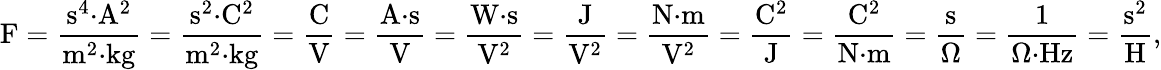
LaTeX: {\mathrm{F}}={\frac{{\mathrm{s}}^{4}{\cdot}{\mathrm{A}}^{2}}{{\mathrm{m}}^{2}{\cdot}{\mathrm{kg}}}}={\frac{{\mathrm{s}}^{2}{\cdot}{\mathrm{C}}^{2}}{{\mathrm{m}}^{2}{\cdot}{\mathrm{kg}}}}={\frac{\mathrm{C}}{\mathrm{V}}}={\frac{{\mathrm{A}}{\cdot}{\mathrm{s}}}{\mathrm{V}}}={\frac{{\mathrm{W}}{\cdot}{\mathrm{s}}}{{\mathrm{V}}^{2}}}={\frac{\mathrm{J}}{{\mathrm{V}}^{2}}}={\frac{{\mathrm{N}}{\cdot}{\mathrm{m}}}{{\mathrm{V}}^{2}}}={\frac{{\mathrm{C}}^{2}}{\mathrm{J}}}={\frac{{\mathrm{C}}^{2}}{{\mathrm{N}}{\cdot}{\mathrm{m}}}}={\frac{\mathrm{s}}{\Omega}}={\frac{1}{\Omega{\cdot}{\mathrm{Hz}}}}={\frac{{\mathrm{s}}^{2}}{\mathrm{H}}},